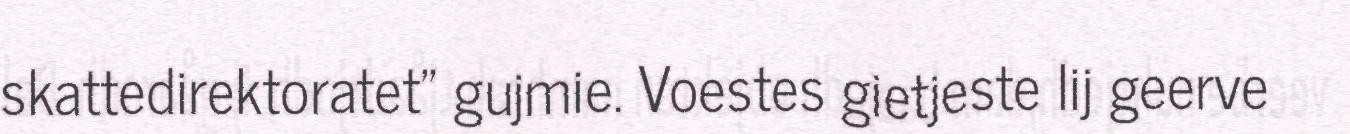
skattedirektoratet" gujmie. Voestes gietjeste lij geerve